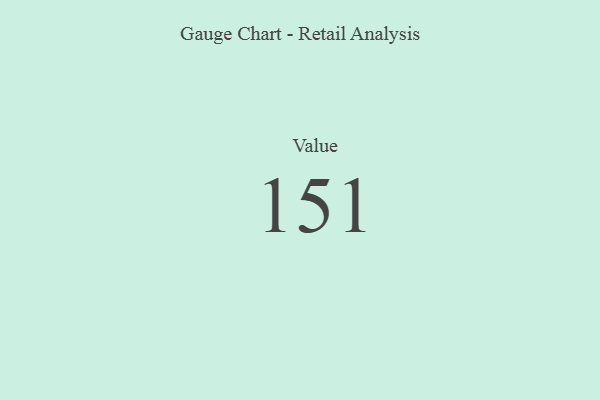
{"axis": {"x": "Metric", "y": "Value"}, "legend": [""], "data": [{"x": "Value", "y": 151, "type": ""}]}